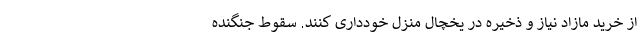
از خرید مازاد نیاز و ذخیره در یخچال منزل خودداری کنند. سقوط جنگنده